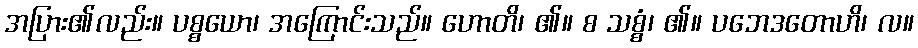
အပြား၏လည်း။ ပစ္စယော၊ အကြောင်းသည်။ ဟောတိ၊ ၏။ စ သစ္စံ၊ ၏။ ပဘေဒတောဟိ၊ လ။